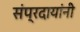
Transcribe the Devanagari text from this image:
संप्रदायांनी